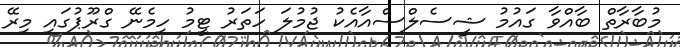
މުބާރާތް ބާއްވާ ގައުމު ޝީސެލްސްއާއެކު ޖުމުލަ ހަތަރު ޓީމު ހިމެނޭ ގްރޫޕުގައި މިރޭ